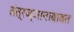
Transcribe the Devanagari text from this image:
तंत्रज्ञानाबाबत